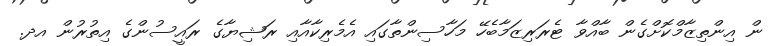
ން އިންތިޒާމްކޮށްގެން ބާއްވާ ޓެރަރިޒަމާބެހޭ މަހާސިންތާގައި އެމެރިކާއާއި ރަޝިޔާގެ ރައީސުންގެ އިތުރުން އދ.